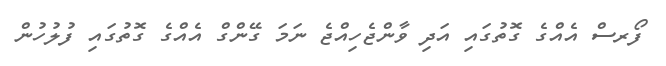
ފޯރސް އެއްގެ ގޮތުގައި އަދި ވާންޖެހިއްޖެ ނަމަ ގޭންގް އެއްގެ ގޮތުގައި ފުލުހުން